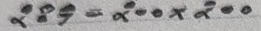
289 = 200 x 200